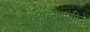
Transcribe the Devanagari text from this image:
अल्बेरुणीने